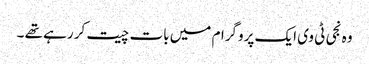
وہ نجی ٹی وی ایک پروگرام میں بات چیت کر رہے تھے ۔